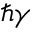
\hbar \gamma